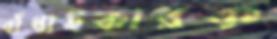
বাঁধাইকারক